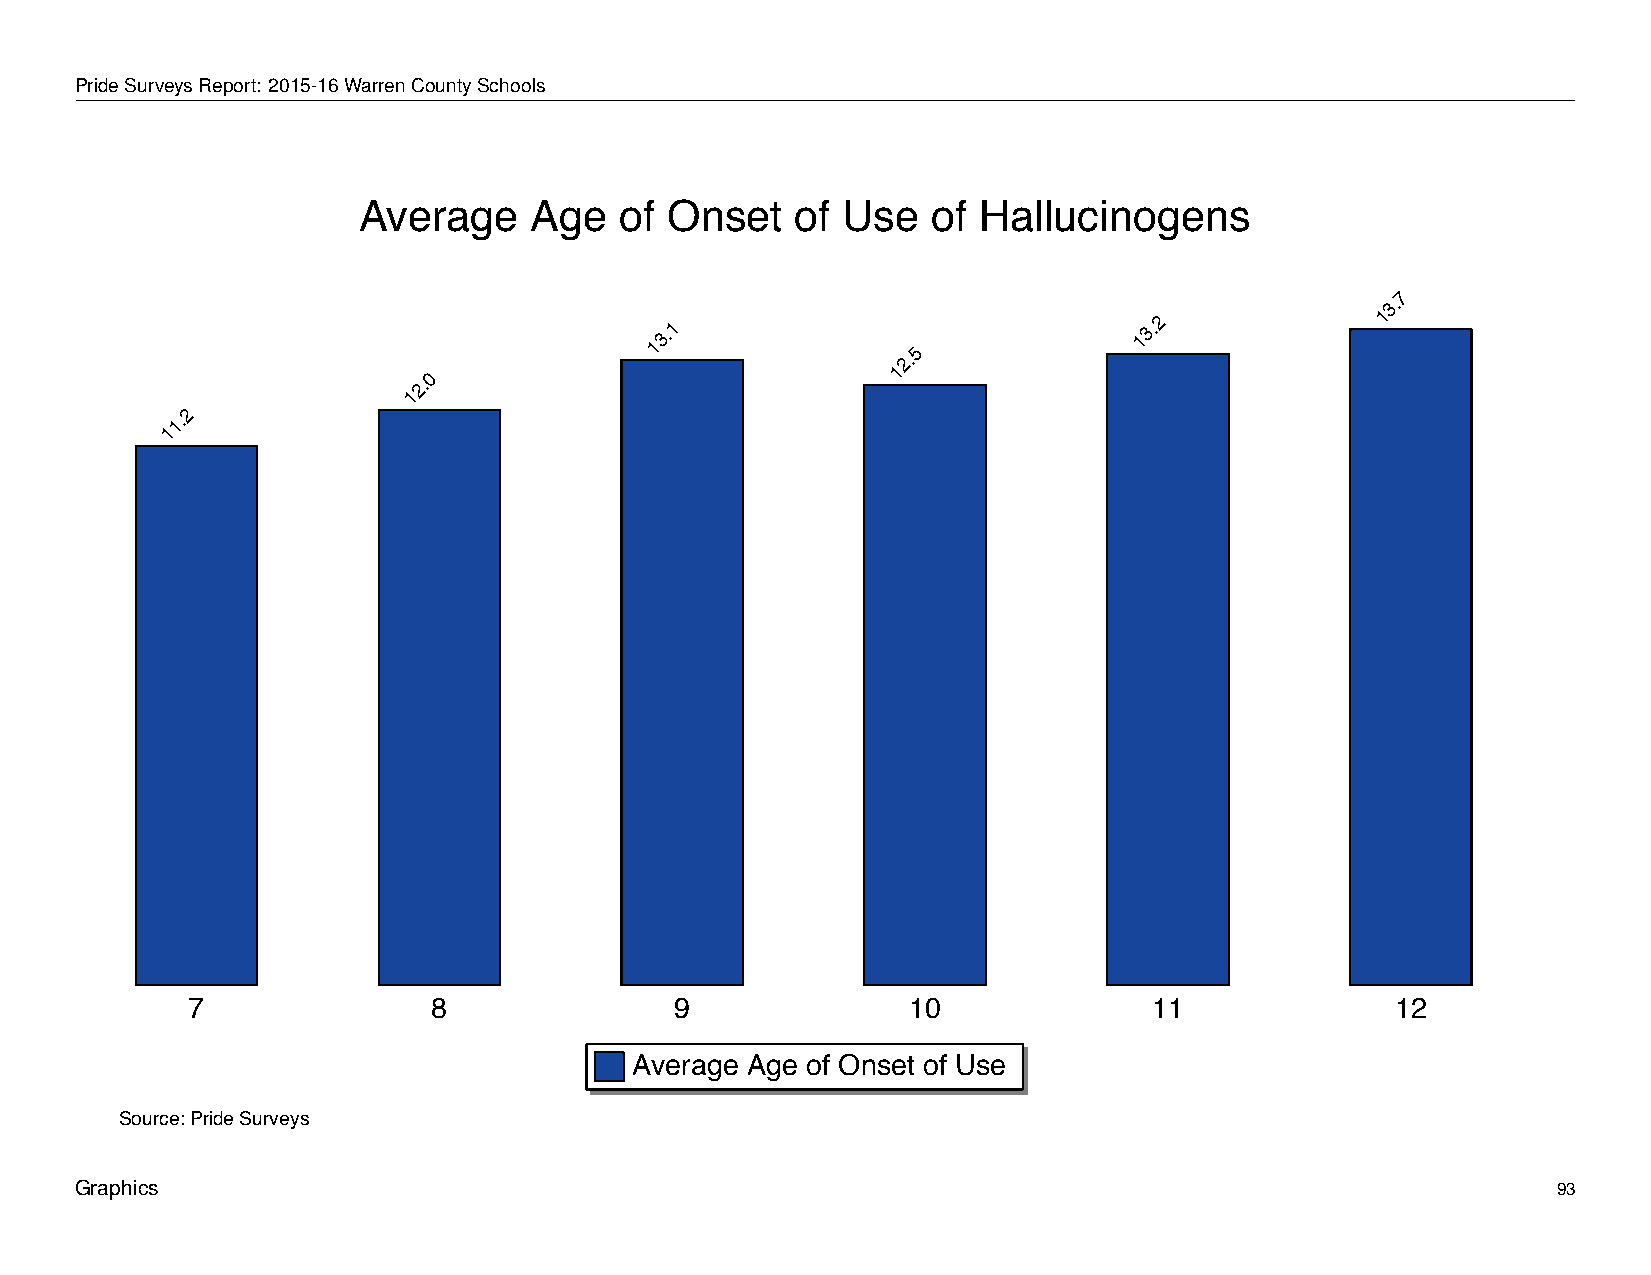
Average           Age       of   Onset        of   Use      of   Hallucinogens
 PrideSurveysReport: 2015-16WarrenCountySchools
 Average    Age   of Onset    of Use   of Hallucinogens
 7
 3.
 13.1
 2.5
 13.2            1
 1
 0
 2.
 1
 2
 1.
 1
 7                8               9              10              11              12
 Average Age of Onset of Use
 Source: Pride Surveys
 Graphics                                                                                          93